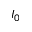
I _ { 0 }